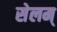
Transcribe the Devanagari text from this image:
सेलम्